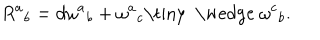
{ R ^ { a } } _ { b } = { d \omega ^ { a } } _ { b } + { \omega ^ { a } } _ { c } \mathrm { \tiny ~ \wedge ~ } { \omega ^ { c } } _ { b } .